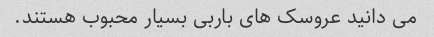
می دانید عروسک های باربی بسیار محبوب هستند.